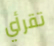
تقرأي